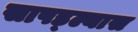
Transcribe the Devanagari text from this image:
सापड्ल्यास